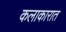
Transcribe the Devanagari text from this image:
कलाकारात